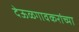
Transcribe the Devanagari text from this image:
देऊळगावकरांच्या